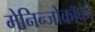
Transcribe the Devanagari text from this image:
मेनिन्जोकॉकी